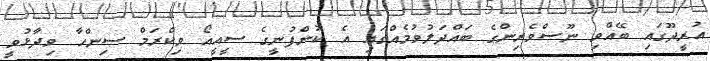
އުރީދޫގައި ބޭއްވި ނޫސްވެރިންގެ ބައްދަލުވުމެއްގައި އެ ކުންފުނީގެ ސީއީއޯ ވިކްރަމް ސިންހާ ވިދާޅުވީ